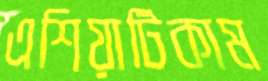
এশিয়াটিকাম